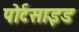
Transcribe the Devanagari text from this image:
पोर्टसाइड